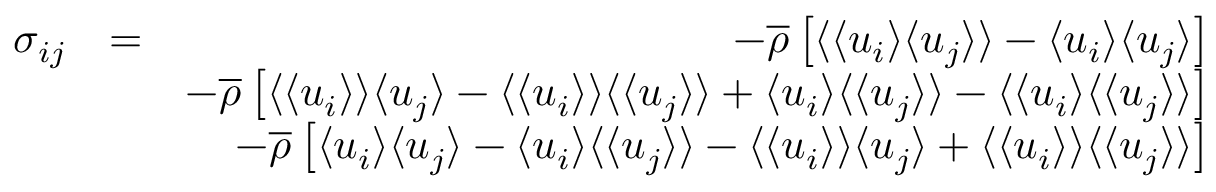
\begin{array} { r l r } { \sigma _ { i j } } & { = } & { - \overline { { \rho } } \left[ \langle { \langle u _ { i } \rangle \langle u _ { j } \rangle } \rangle - \langle u _ { i } \rangle \langle u _ { j } \rangle \right] } \\ & { } & { - \overline { { \rho } } \left[ \langle \langle u _ { i } \rangle \rangle \langle u _ { j } \rangle - \langle \langle u _ { i } \rangle \rangle \langle \langle u _ { j } \rangle \rangle + \langle u _ { i } \rangle \langle \langle u _ { j } \rangle \rangle - \langle \langle u _ { i } \rangle \langle \langle u _ { j } \rangle \rangle \right] } \\ & { } & { - \overline { { \rho } } \left[ \langle u _ { i } \rangle \langle u _ { j } \rangle - \langle u _ { i } \rangle \langle \langle u _ { j } \rangle \rangle - \langle \langle u _ { i } \rangle \rangle \langle u _ { j } \rangle + \langle \langle u _ { i } \rangle \rangle \langle \langle u _ { j } \rangle \rangle \right] } \end{array}